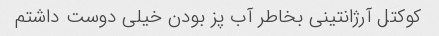
کوکتل آرژانتینی بخاطر آب پز بودن خیلی دوست داشتم